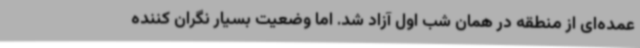
عمده‌ای از منطقه در همان شب اول آزاد شد. اما وضعیت بسیار نگران کننده